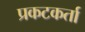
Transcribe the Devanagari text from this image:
प्रकटकर्ता